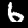
Digit: 6